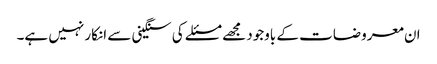
ان معروضات کے باوجود مجھے مسئلے کی سنگینی سے انکار نہیں ہے۔